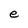
Character: e